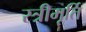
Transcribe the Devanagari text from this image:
स्त्रीमूर्ति